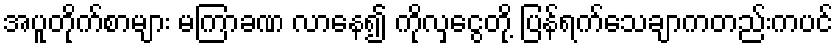
အပူတိုက်စာများ မကြာခဏ လာနေ၍ ကိုလှငွေတို့ ပြန်ရက်သေချာကတည်းကပင်